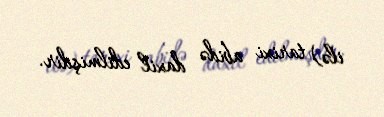
ilə) tarixi abidə daxil edilmişdir.